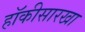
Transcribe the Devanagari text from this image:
हॉकीसारखा